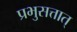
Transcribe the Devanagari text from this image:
प्रभुसत्तात्